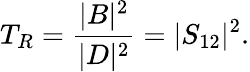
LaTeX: T_{R}={\frac{|B|^{2}}{|D|^{2}}}=|S_{12}|^{2}.